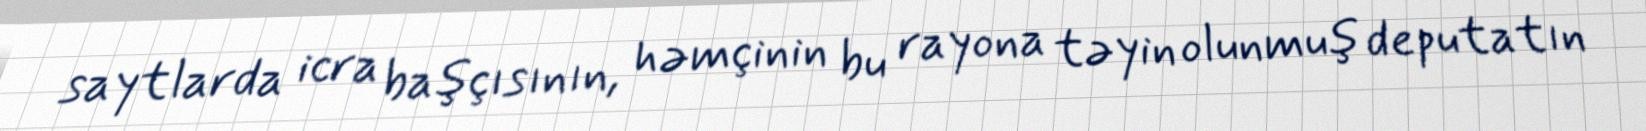
saytlarda icra başçısının, həmçinin bu rayona təyin olunmuş deputatın